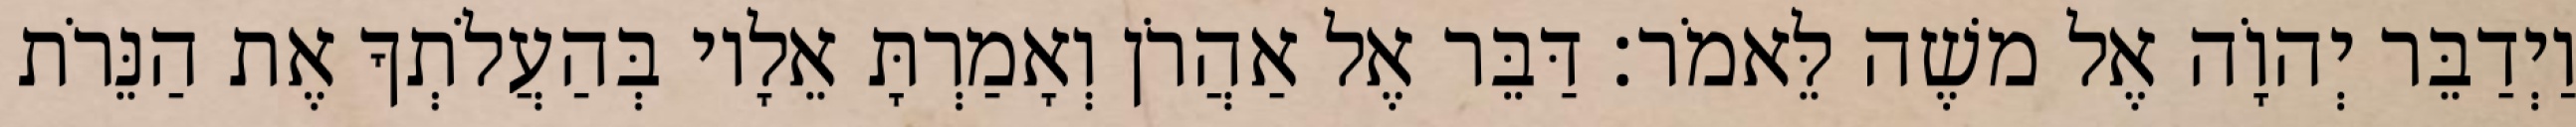
וַיְדַבֵּר יְהוָֹה אֶל משֶׁה לֵּאמֹר׃ דַּבֵּר אֶל אַהֲרֹן וְאָמַרְתָּ אֵלָיו בְּהַעֲלֹתְךָ אֶת הַנֵּרֹת